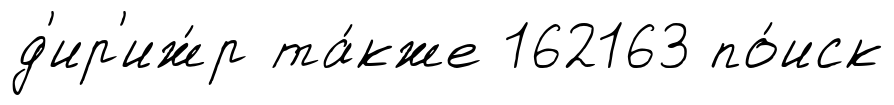
д'ир'иж́р та́кже 162163 по́иск